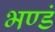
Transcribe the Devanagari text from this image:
भण्डं